Annual report on the lock hospitals of the Madras Presidency
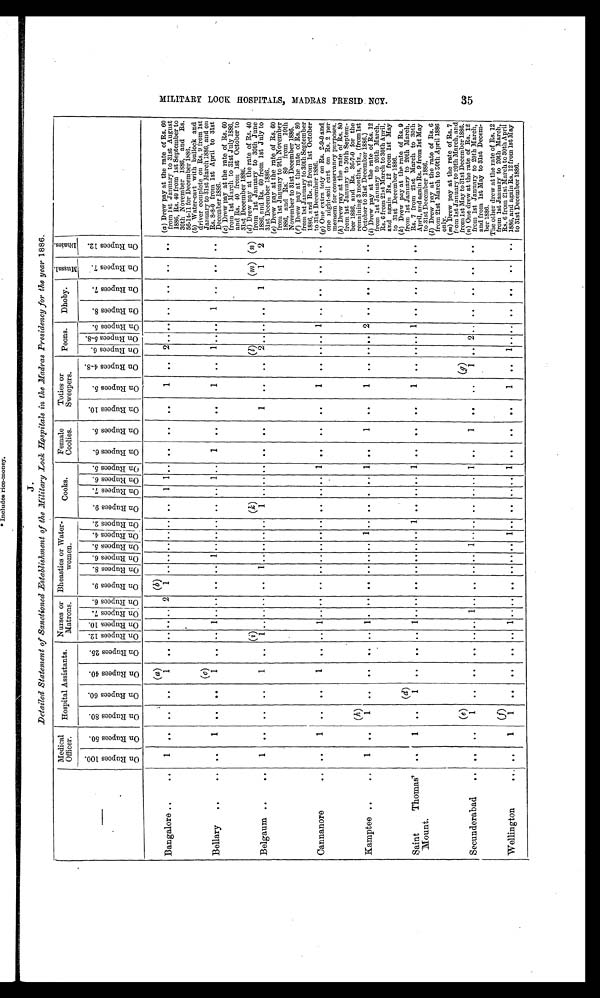
M I L I T A R Y L O O K H O S P I T A L S , M A D R A S P R E S I D N O Y .
J.
Detailed Statement of Sanctioned Establishment of the Military Lock Hospitals in the Madras Presidency for the year 1886.
—
Medical
Officer. Hospital Assistants. Nurses or
Matrons.
Bheasties or Water-
women.
Cooks.
Female
Coolies .
Toties or
Sweepers. Peons. Dhoby.
M u s s a l .
D h a i e s .
O n R u p e e s 1 0 0 .
O n R u p e e s 5 0 O n R u p e e s 8 0 . O n R u p e e s 6 0 . O n R u p e e s 4 0 . O n R u p e e s 2 5 .
O n R u p e e s 1 2 . O n R u p e e s 1 0 .
O n R u p e e s 7 .
O n R u p e e s 6 . O n R u p e e s 9 . O n R u p e e s 8 .
O n R u p e e s 6 .
O n R u p e e s 5 .
O n R u p e e s 4 .
. O n R u p e e s
2 . O n R u p e e s 9 . O n R u p e e s 7 .
O n R u p e e s 6 .
O n R u p e e s 5 .
O n R u p e e s
6 . O n R u p e e s
5 . O n R u p e e s 1 0 . O n R u p e e s 5 .
O n R u p e e s 4 - 8 . O n R u p e e s 6 .
O n R u p e e s 5 - 8 .
O n R u p e e s 5 . O n R u p e e s 8 .
O n R u p e e s 7 . O n R u p e e s 7 . O n R u p e e s 1 2 .
Bangalore ..
.. 1 . .
. . ..
(a
) 1 . . . . .. .. 2
(b
) 1 .. . . . . . . . . .. 1 1 . . . . . . . .
1 . . 2 . . . . . . . .
. . . . (a) Drew pay at the rate of Rs. 60
from 1st January to 31st August
1886, Rs. 40 from 1st September to
30th November 1886, and Rs.
56-14-11 for December 1886.
Bellary ..
.. . . 1 .. .. ( c )
1 .. . . 1
. . . . ..
. . 1 .. .. . . .. . . 1 . . 1 . . . . 1 . . 1 . . .. 1 .. .. ..
(b) Water-cart with bullock and
driver complete on Rs. 9 from 1st
January to 31st March 1886, and on
Rs.8-8-0 from 1st April to 31st
December 1886.
(c) Drew pay at the rate of Rs. 60
from 1st March to 31st July 1886,
and Rs. 40 from 1st October to
31st December 1886.
Belgaum ..
.. 1 . . . . .. 1 ..
( i
) 1 .. .. .. .. 1 .. .. .. ..
(k ) 1 .. .. . . . . . . 1
. . . .
( l
) 2 . .
.. .. 1
( m ) 1 (n)2
(d)Drew pay at the rate
o f R s . 4 0 f r o m 1 s t J a n u a r y t o 3 0 t h J u n e 1 8 8 6 , a n d R s . 6 0 f r o m 1 s t J u l y t o 3 1 s t De c e mb e r 1 8 8 6 .
(e) Drew pay at the rate of Rs. 60
from 1st January to 9th November
1886, and Rs. 80 from 10th
November to 31st December 1886.
(f) Drew pay at the rate of Rs. 80
from 1st January to 30th September
1886, and Rs. 25 from 1st October
to 31st December 1886.
Cannanore
..
. . 1 . . ..
1 . . . . 1 . . . . . . . . . . . . . . . .
.. . . . . 1
. . . .
. .
1
. . . . . . 1 . . . .
. . . . (g) One extra toty on Rs. 2-9-0 and,
one night-soil cart on Rs. 2 per
mensem for conservancy purposes.
(h) Drew pay at the rate of Rs. 80
from 1st January to 30th Septem-
ber 1886, and Rs. 36-7-0 for the
remaining 3 months, viz., (from 1st
October to 31st December 1886.)
K a m p t e e .
1 . .
( h ) 1 ..
. .
. . . . 1 . . . . . . . . . . . 1 . . .. . . . 1
. .
1
. .
1
. . . . . .
2
. . . .
. . . .
(i) Drew pay at the rate of Rs. 12
from 1st January to 20th March,
Rs. 6 from 21st March to 30th April,
and again Rs. 12 from 1st May
to 31st December 1886.
Saint Thomas'
Mount.
.. 1 . .
(d
) 1 . . . . . . 1 . . . . . . . . . . . . . . 1 .. . . . . 1 . .
. . . . 1 .. . . .. 1 .. . . .. ..
(K) Drew pay at the rate of Rs. 9
from 1st January to 20th March,
Rs. 7 from 21st March to 30th
April, and again Rs. 9 from 1st May
to 31st December 1886.
(1) Drew pay at the rate of Rs. 6
from 21st March to 30th April 1886
only.
(m) Drew pay at the rate of Rs. 7
from 1st January to 20th March, and
from 1st May to 31st December 1886.
Secunderabad .. . . ..
( e ) 1
..
. . . . . . . . 1 . . . . . . . . 1 . . . .
..
. . . . 1 . . 1 . . ..
( g ) 1 . . 2 .. . . . . . . . . (n) One drew at the rate of Rs. 12
from 1st January to 20th March,
and from 1st May to 31st Decem-
ber 1886.
Wallinton
.. . . . . (f)1 ..
. . . . . . 1 . . . . . . . . . . . . 1 . .
..
. . . . 1 . .
. . . . 1 .. 1 .. .. .. ..
. . . .
The other drew at the rate of Rs. 12
from 1st January to 20th March,
6 from 21st March to 30th April
1886, and again Rs. 12 from 1st May
to 31st December 1886.